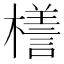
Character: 𣜆